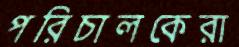
পরিচালকেরা